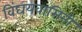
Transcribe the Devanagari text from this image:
विंघयवासिनी